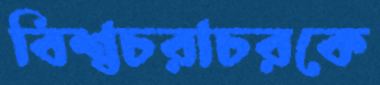
বিশ্বচরাচরকে